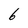
Character: 6